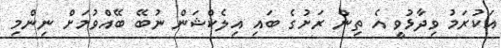
އަކުރަމު ވިދާޅުވީ އެ ތިން ރަށުގެ ބައި އިލެކްޝަން ނުބޭ ބޭއްވުމަށް ނިންމި